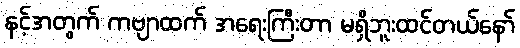
နင့်အတွက် ကဗျာထက် အရေးကြီးတာ မရှိဘူးထင်တယ်နော်